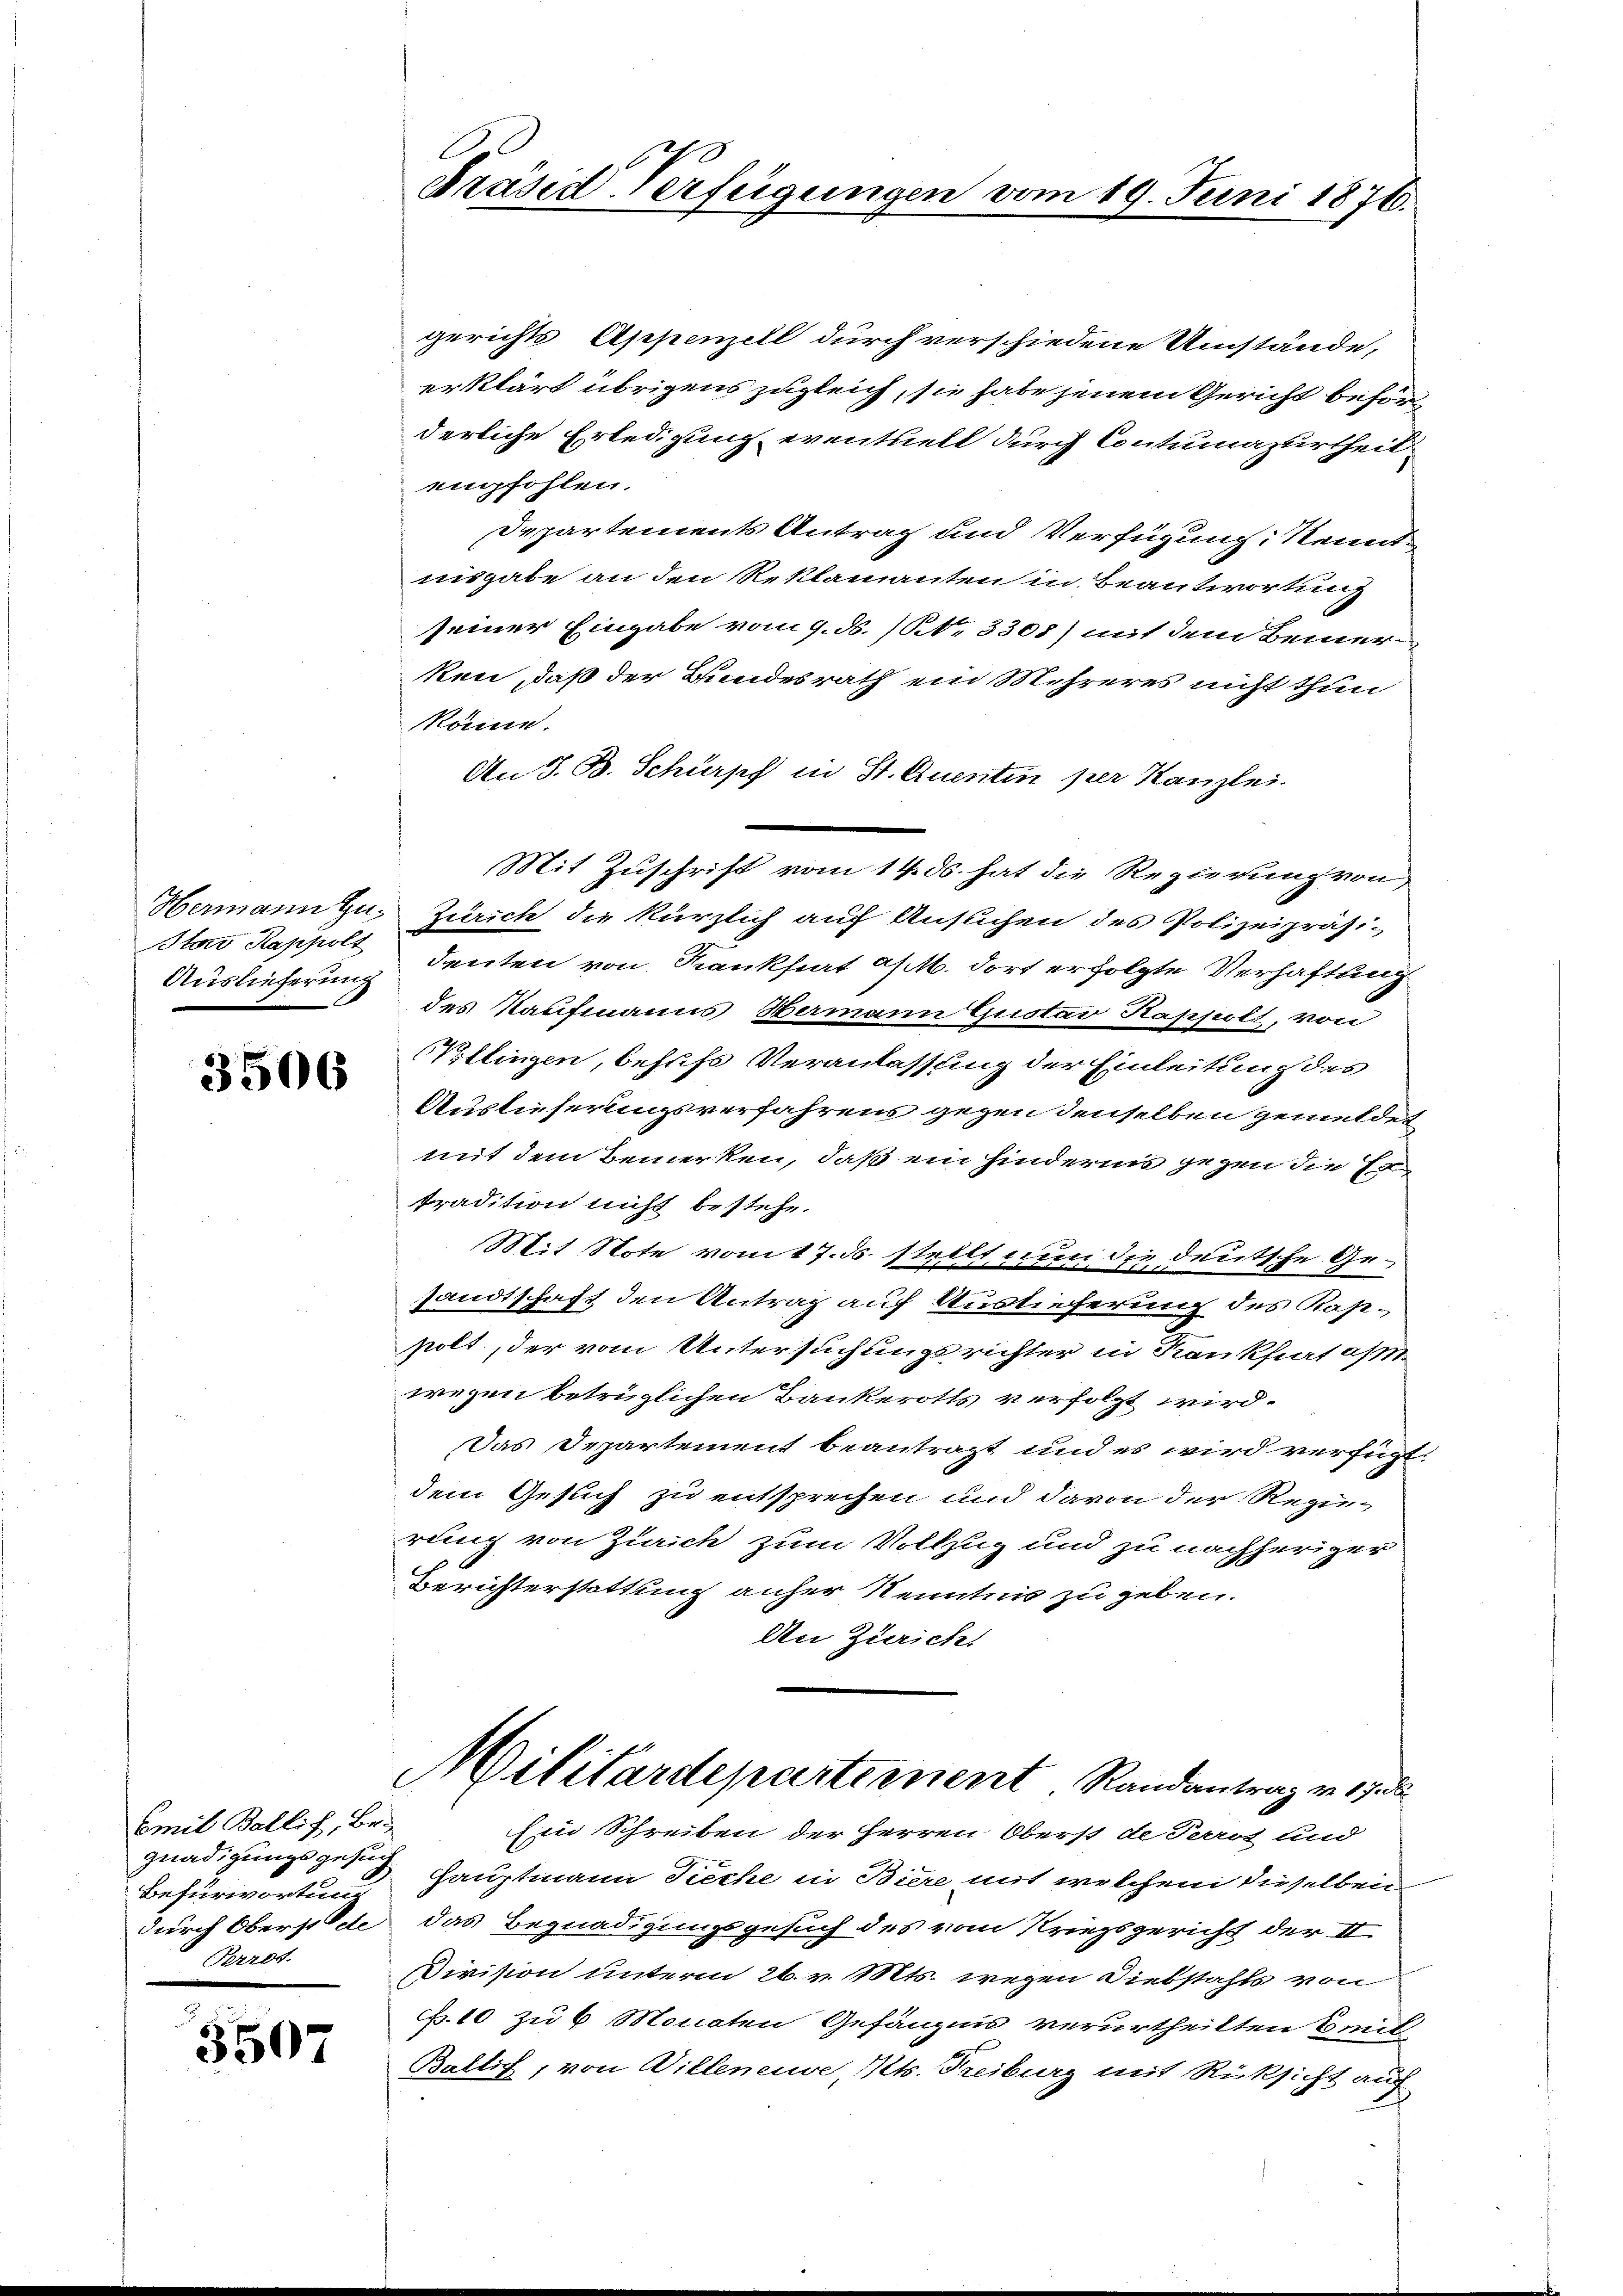
Star Kappolt
Auslieferung

3506

Emil Ballich, Begnadigungsgesuch
Befürwortung
" erst

3507

Präsid Verfügungen vom 19. Juni 1876.

gerichts Appenzell durch verschiedene Umstände,
erklärt übrigens zugleich, sie habe jenem Gericht beförderliche Erledigung eventuell durch Contumazurtheil
empfohlen.
Departements Antrag und Verfügung Kennt
nisgabe an den Reklamanten in Beantwortung
seiner Eingabe vom 9. ds. (N. 3308) mit dem Bemer
ken, daß der Bundesrath ein Mehreres nicht thun
könne.
An J. B. Schürsch in St. Quentin per Kanzlei.
Mit Zuschrift vom 14. ds. hat die Regierung von
Hermann zu, Zürich die kürzlich auf Ansuchen des Polizeipräsidenten von Krankfurt a M. dort erfolgte Verhaftung
des Kaufmanns Hermann Gustav Rappolt, von
Kllingen, behufs Veranlassung der Einleitung des
Ausläserungsverfahrens gegen denselben gemeldet
mit dem Bemerken, daß ein hinderins gegen die Ertradition nicht bestehe.
Mit Note vom 17. ds. stellt, nun die deutsche Gee
sandtschaft den Antrag auf Auslieferung des Kapstolt, der vom Untersuchungsrichter in Kankheefass
wegen betrüglichen Bankerotts verfolgt wird.
Das Departement beantragt und es wird verfügt:
dem Gesuch zu entsprechen und davon der Rezurung von Zürich zum Vollzug und zu nachheriger
Berichterstattung anher Kenntnis zu geben.
An Züricht
Militärdepartement Randantrag von 17 de
Ein Schreiben der Herren Oberst de Perros und
Hauptmann Tieche in Biere mit welchem dieselben
durch Oberst de das Begnadigungsgesuch des vom Kriegsgericht der II
Division unterm 26. v. Mts. wegen Diebstahls von
c. 10 zu 6 Monaten Gefängnis verurtheilten Emil
Baltif, von Willeneuve, Kts. Freiburg mit Rücksicht auf